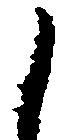
之